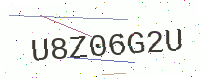
Text: U8Z06G2U